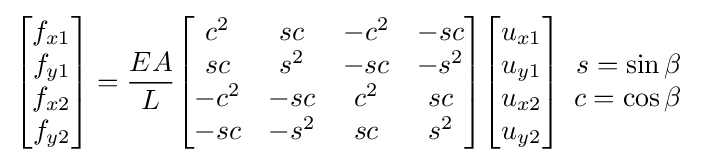
{\begin{bmatrix}f_{x1}\\f_{y1}\\f_{x2}\\f_{y2}\\\end{bmatrix}}={\frac {EA}{L}}{\begin{bmatrix}c^{2}&sc&-c^{2}&-sc\\sc&s^{2}&-sc&-s^{2}\\-c^{2}&-sc&c^{2}&sc\\-sc&-s^{2}&sc&s^{2}\\\end{bmatrix}}{\begin{bmatrix}u_{x1}\\u_{y1}\\u_{x2}\\u_{y2}\\\end{bmatrix}}{\begin{array}{r }s=\sin \beta \\c=\cos \beta \\\end{array}}